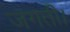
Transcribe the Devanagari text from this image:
जगती।